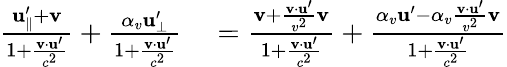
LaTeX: \begin{array}{rl}{{\frac{\mathbf{u}_{\parallel}^{\prime}+\mathbf{v}}{1+{\frac{\mathbf{v}\cdot\mathbf{u}^{\prime}}{c^{2}}}}}+{\frac{\alpha_{v}\mathbf{u}_{\perp}^{\prime}}{1+{\frac{\mathbf{v}\cdot\mathbf{u}^{\prime}}{c^{2}}}}}}&{{}={\frac{\mathbf{v}+{\frac{\mathbf{v}\cdot\mathbf{u}^{\prime}}{v^{2}}}\mathbf{v}}{1+{\frac{\mathbf{v}\cdot\mathbf{u}^{\prime}}{c^{2}}}}}+{\frac{\alpha_{v}\mathbf{u}^{\prime}-\alpha_{v}{\frac{\mathbf{v}\cdot\mathbf{u}^{\prime}}{v^{2}}}\mathbf{v}}{1+{\frac{\mathbf{v}\cdot\mathbf{u}^{\prime}}{c^{2}}}}}}\end{array}